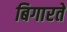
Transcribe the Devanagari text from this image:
बिगारते